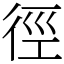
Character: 徑